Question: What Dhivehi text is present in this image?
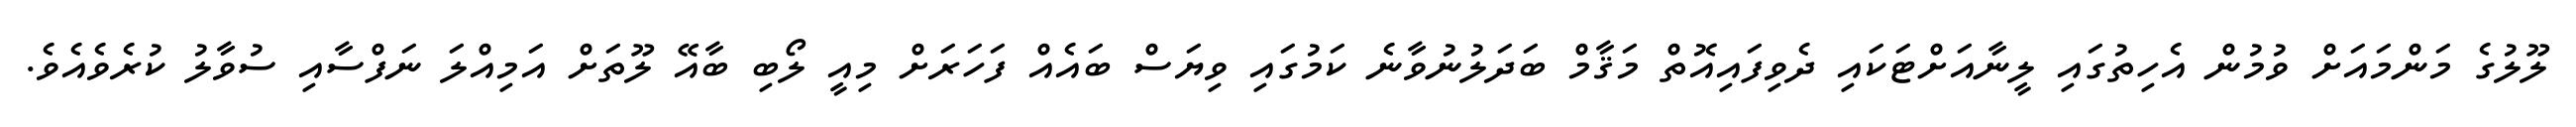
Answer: ލޫލުގެ މަންމައަށް ވުމުން އެހިތުގައި ލީނާއަށްޓަކައި ދެވިފައިއޮތް މަޤާމް ބަދަލުނުވާނެ ކަމުގައި ވިޔަސް ބައެއް ފަހަރަށް މިއީ ލޯބި ބާއޭ ލޫތަށް އަމިއްލަ ނަފްސާއި ސުވާލު ކުރެވެއެވެ.